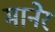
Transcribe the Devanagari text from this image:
मानेर